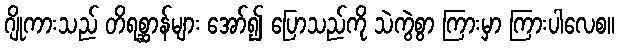
ဂျိုကားသည် တိရစ္ဆာန်များ အော်၍ ပြောသည်ကို သဲကွဲစွာ ကြားမှာ ကြားပါလေစ။